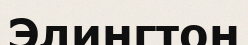
Элингтон